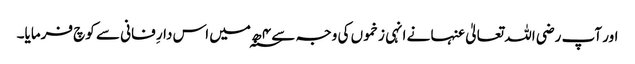
اور آپ رضی اللہ تعالیٰ عنہا نے انہی زخموں کی وجہ سے ۴ ھ؁ میں اس دارِ فانی سے کوچ فرمایا۔